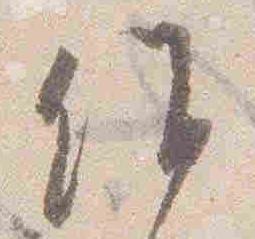
候